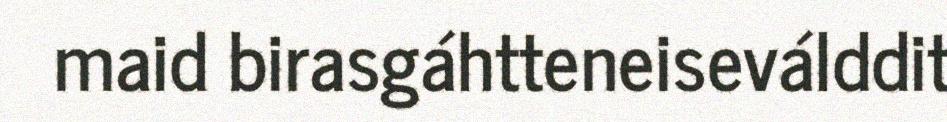
maid birasgáhtteneiseválddit